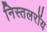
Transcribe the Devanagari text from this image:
निस्तलरॉय